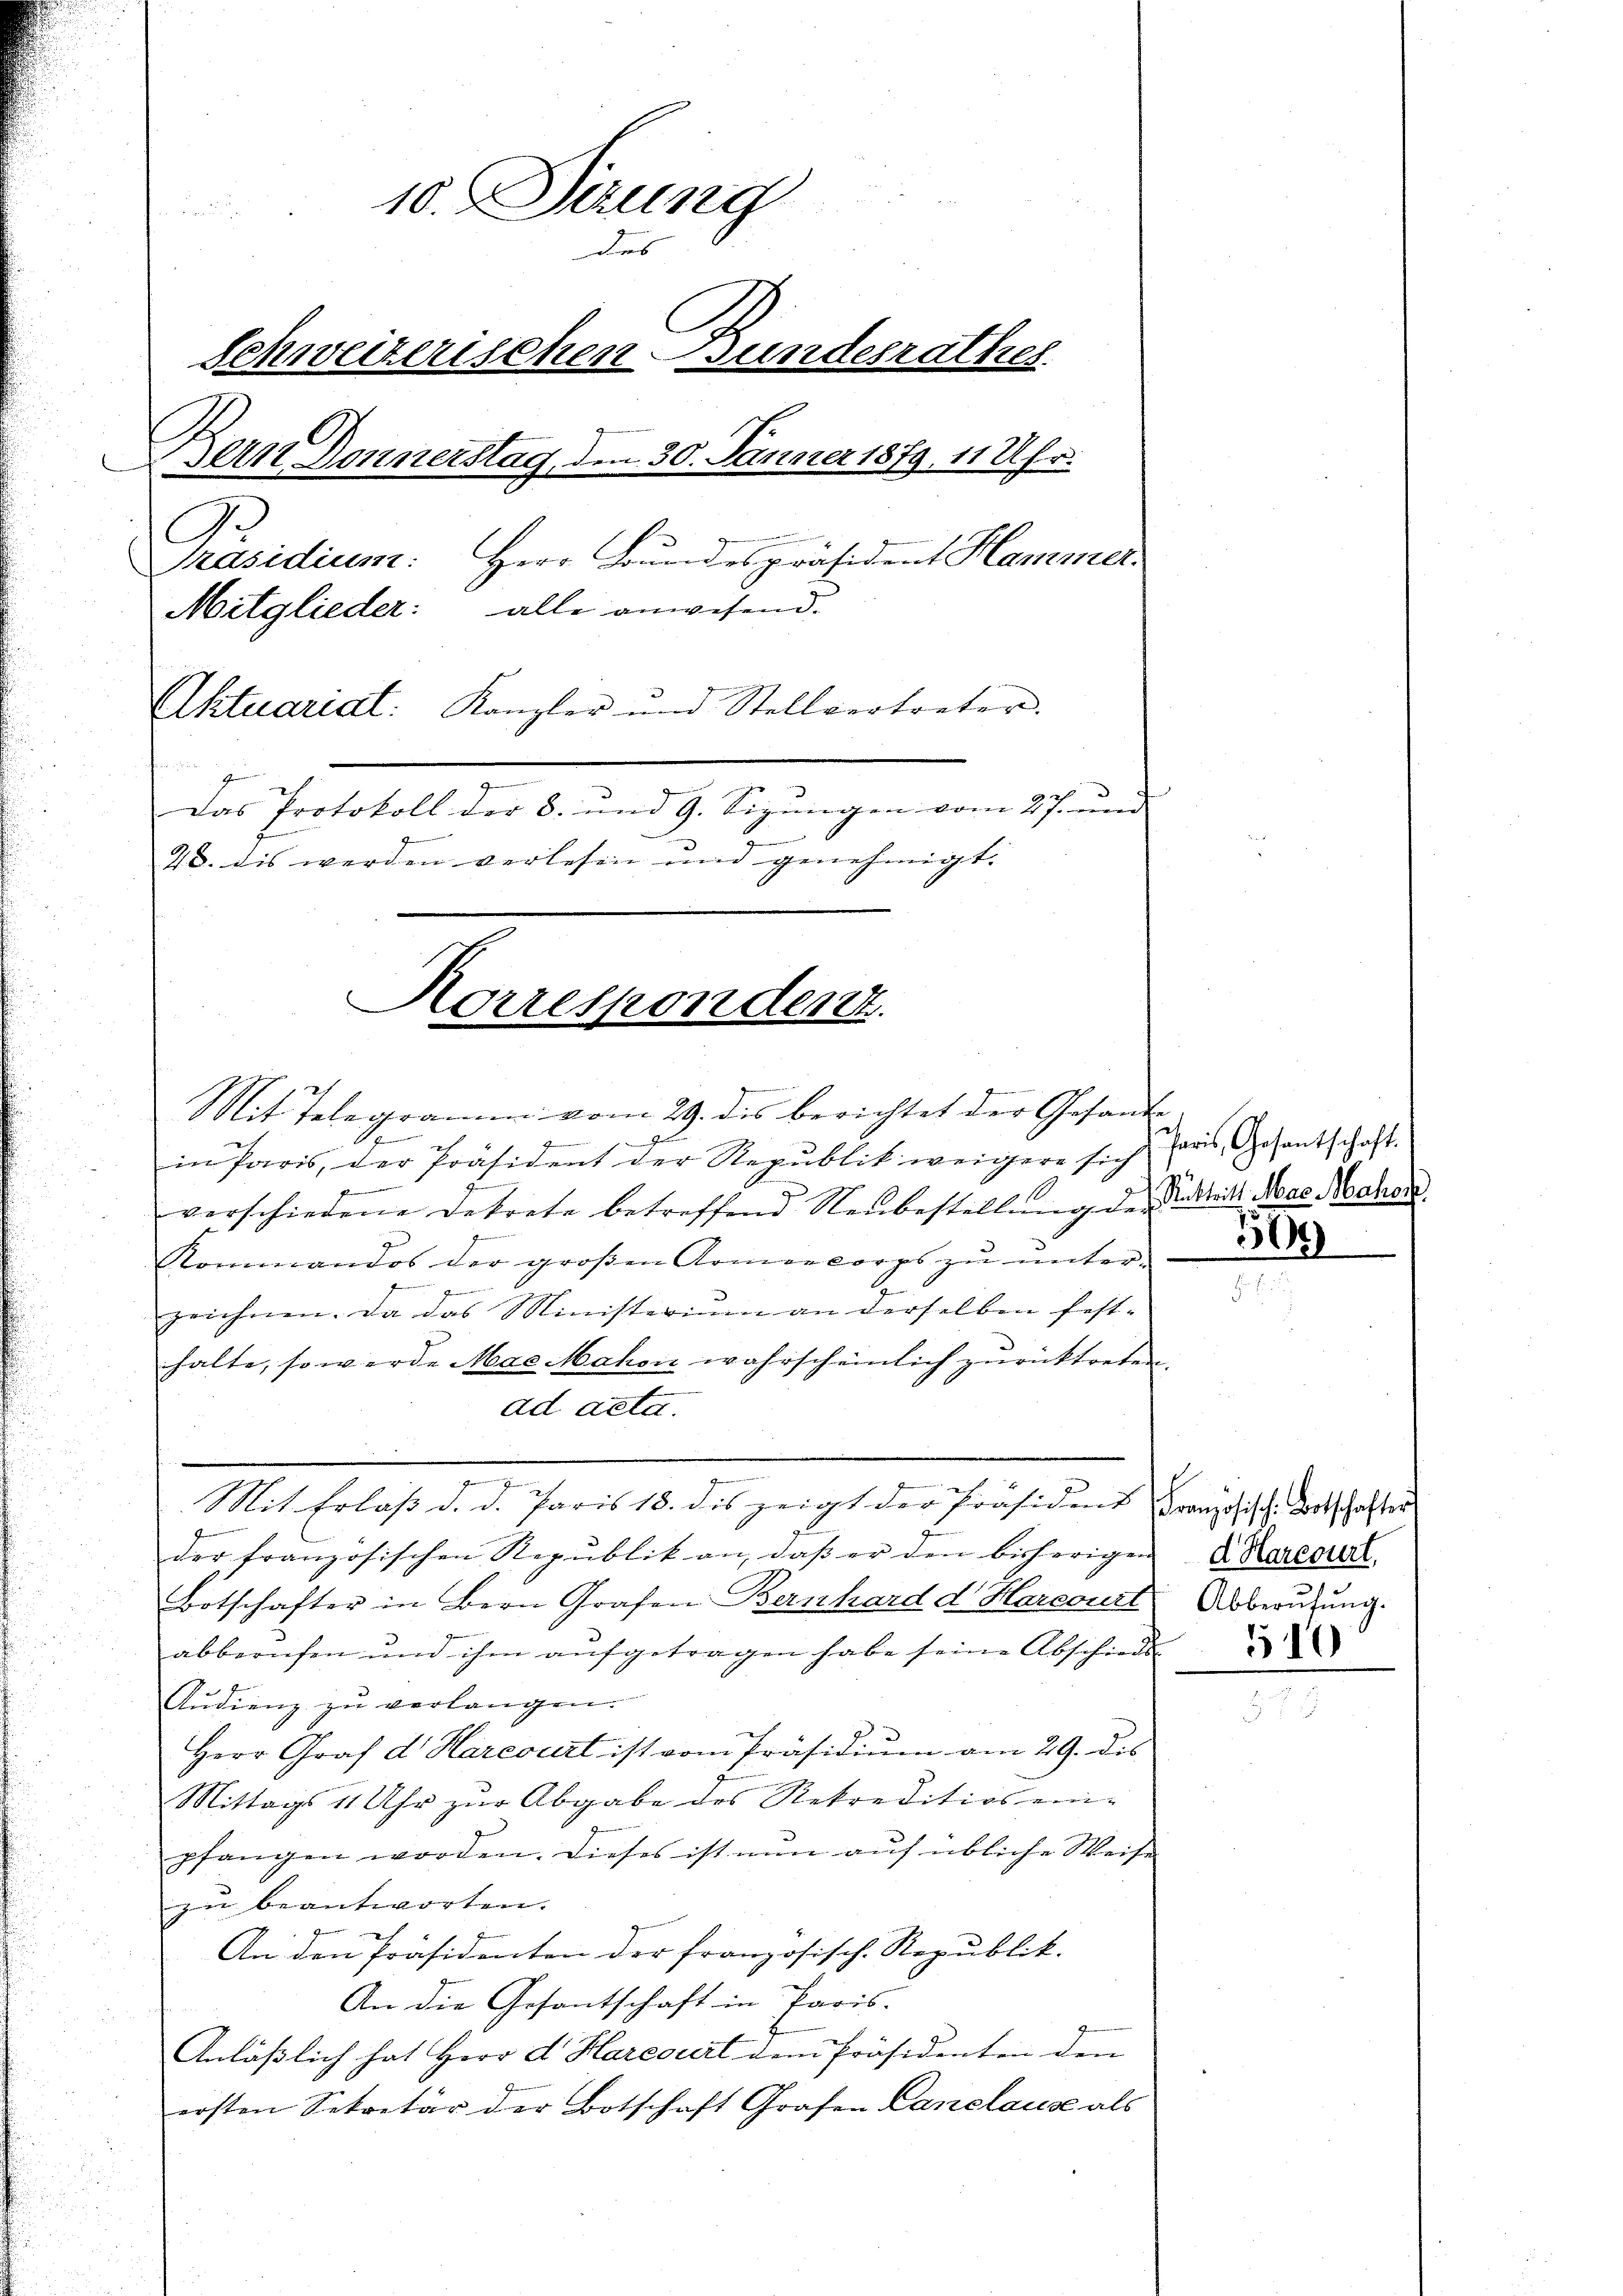
Mit Telegramm vom 29. des berichtet der Gesand¬
A
in Paris, der Präsident der Republik weigere sich
gung
Penden
verschiedene Betrete betreffend Neŭbestellŭng der Stadtreits Mas Nahend.
Kommandos der großen Armeekorps zu unter-
.
z
zeichnen. Da das Ministerium an derselben fest-
halte, so werde Mas Mahon wahrscheinlich zurücktreten.
ad acta.
Mit Erlaβ d. d. Paris 18. dis zeigt der Präsident Französische Botschafter
der französischen Republik an, daß er den bisherigen
Botschafter in Bern Grafen Bernhard d. Horcourt
abberufen und ihm aufgetragen habe seine Abschieds
Aŭdienz zŭ verlangen.
Herr Graf d. Harcourt ist vom Präsidium am 29. dis
Mittags 11 Uhr zur Abgabe des Rekreditiosen-
pfangen worden. Dieses ist nun auf übliche Weise
zu beantworten.
An den Präsidenten der französisch-Republik.
An die Gesantschaft in Paris.
Anläßlich hat Herr d Harcourt dem Präsidenten den
ersten Sekretär der Botschaft Grafen Canclause als

10. Serung
er
Schweizerischen Bundesrathes
Bern Donnerstag, den 30. Jänner 1879, 11 Uhr.
Herr Bundespräsident Hammer
Präsidium:
Mitglieder: alle anwesend.
Aktuarial: Kanzler und Stellvertreter.
Ge
.
Das Protokoll der 8. und 9. Sizungen vom 27. und
20. dis werden verlesen und genehmigt. |

Korrespondent

Paris, Gesantschaft.

31

d Harcourt,
Abberŭfŭng.
510